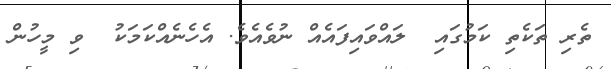
ތެރި ތަކެތި ކަމުގައި  ލައްވައިފައެއް ނުވެއެވެ. އެހެނެއްކަމަކު  ވި މީހުން